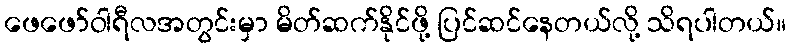
ဖေဖော်ဝါရီလအတွင်းမှာ မိတ်ဆက်နိုင်ဖို့ ပြင်ဆင်နေတယ်လို့ သိရပါတယ်။